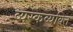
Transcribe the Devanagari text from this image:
व्यस्कव्यक्ति